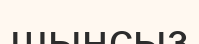
шыңсыз